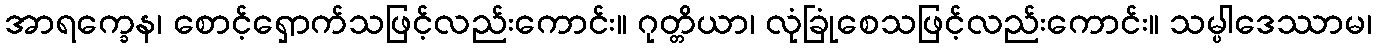
အာရက္ခေန၊ စောင့်ရှောက်သဖြင့်လည်းကောင်း။ ဂုတ္တိယာ၊ လုံခြုံစေသဖြင့်လည်းကောင်း။ သမ္ပါဒေဿာမ၊